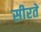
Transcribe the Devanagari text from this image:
सीरते